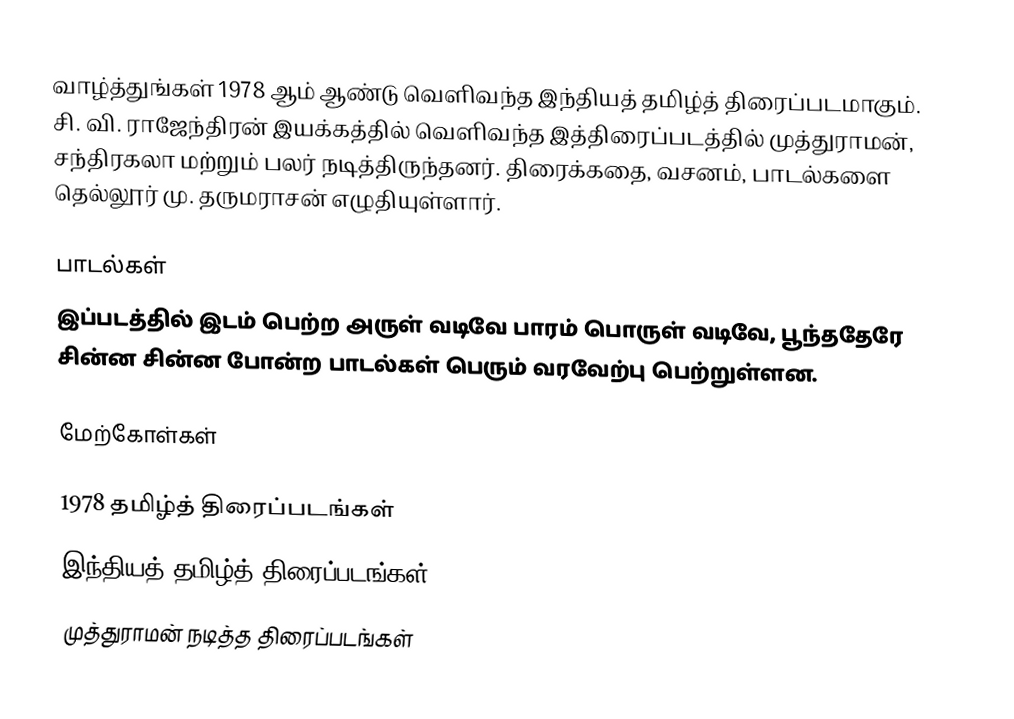
வாழ்த்துங்கள் 1978 ஆம் ஆண்டு வெளிவந்த இந்தியத் தமிழ்த் திரைப்படமாகும். சி. வி. ராஜேந்திரன் இயக்கத்தில் வெளிவந்த இத்திரைப்படத்தில் முத்துராமன், சந்திரகலா மற்றும் பலர் நடித்திருந்தனர்.  திரைக்கதை, வசனம், பாடல்களை தெல்லூர் மு. தருமராசன் எழுதியுள்ளார்.

பாடல்கள்
இப்படத்தில் இடம் பெற்ற அருள் வடிவே பாரம் பொருள் வடிவே, பூந்ததேரே சின்ன சின்ன போன்ற பாடல்கள் பெரும் வரவேற்பு பெற்றுள்ளன.

மேற்கோள்கள்

1978 தமிழ்த் திரைப்படங்கள்
இந்தியத் தமிழ்த் திரைப்படங்கள்
முத்துராமன் நடித்த திரைப்படங்கள்